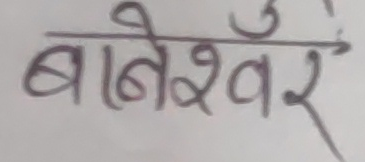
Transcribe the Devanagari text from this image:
बान्देश्वर